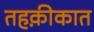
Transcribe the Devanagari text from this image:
तहक़ीकात